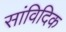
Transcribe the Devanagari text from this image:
सांविदिक